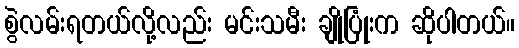
စွဲလမ်းရတယ်လို့လည်း မင်းသမီး ချိုပြုံးက ဆိုပါတယ်။